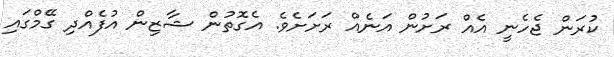
ކުރަން ޖެހެނީ އެއް ރަށުން އަނެއް ރަށަށެވެ. އެގޮތުން ޝާޒިން އުފެއްދި ގޭމްގައި